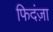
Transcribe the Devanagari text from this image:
फिदंज़ा